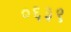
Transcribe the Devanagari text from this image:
०६३९